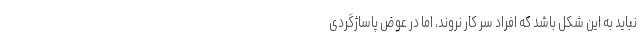
نباید به این شکل باشد که افراد سر کار نروند، اما در عوض پاساژگردی